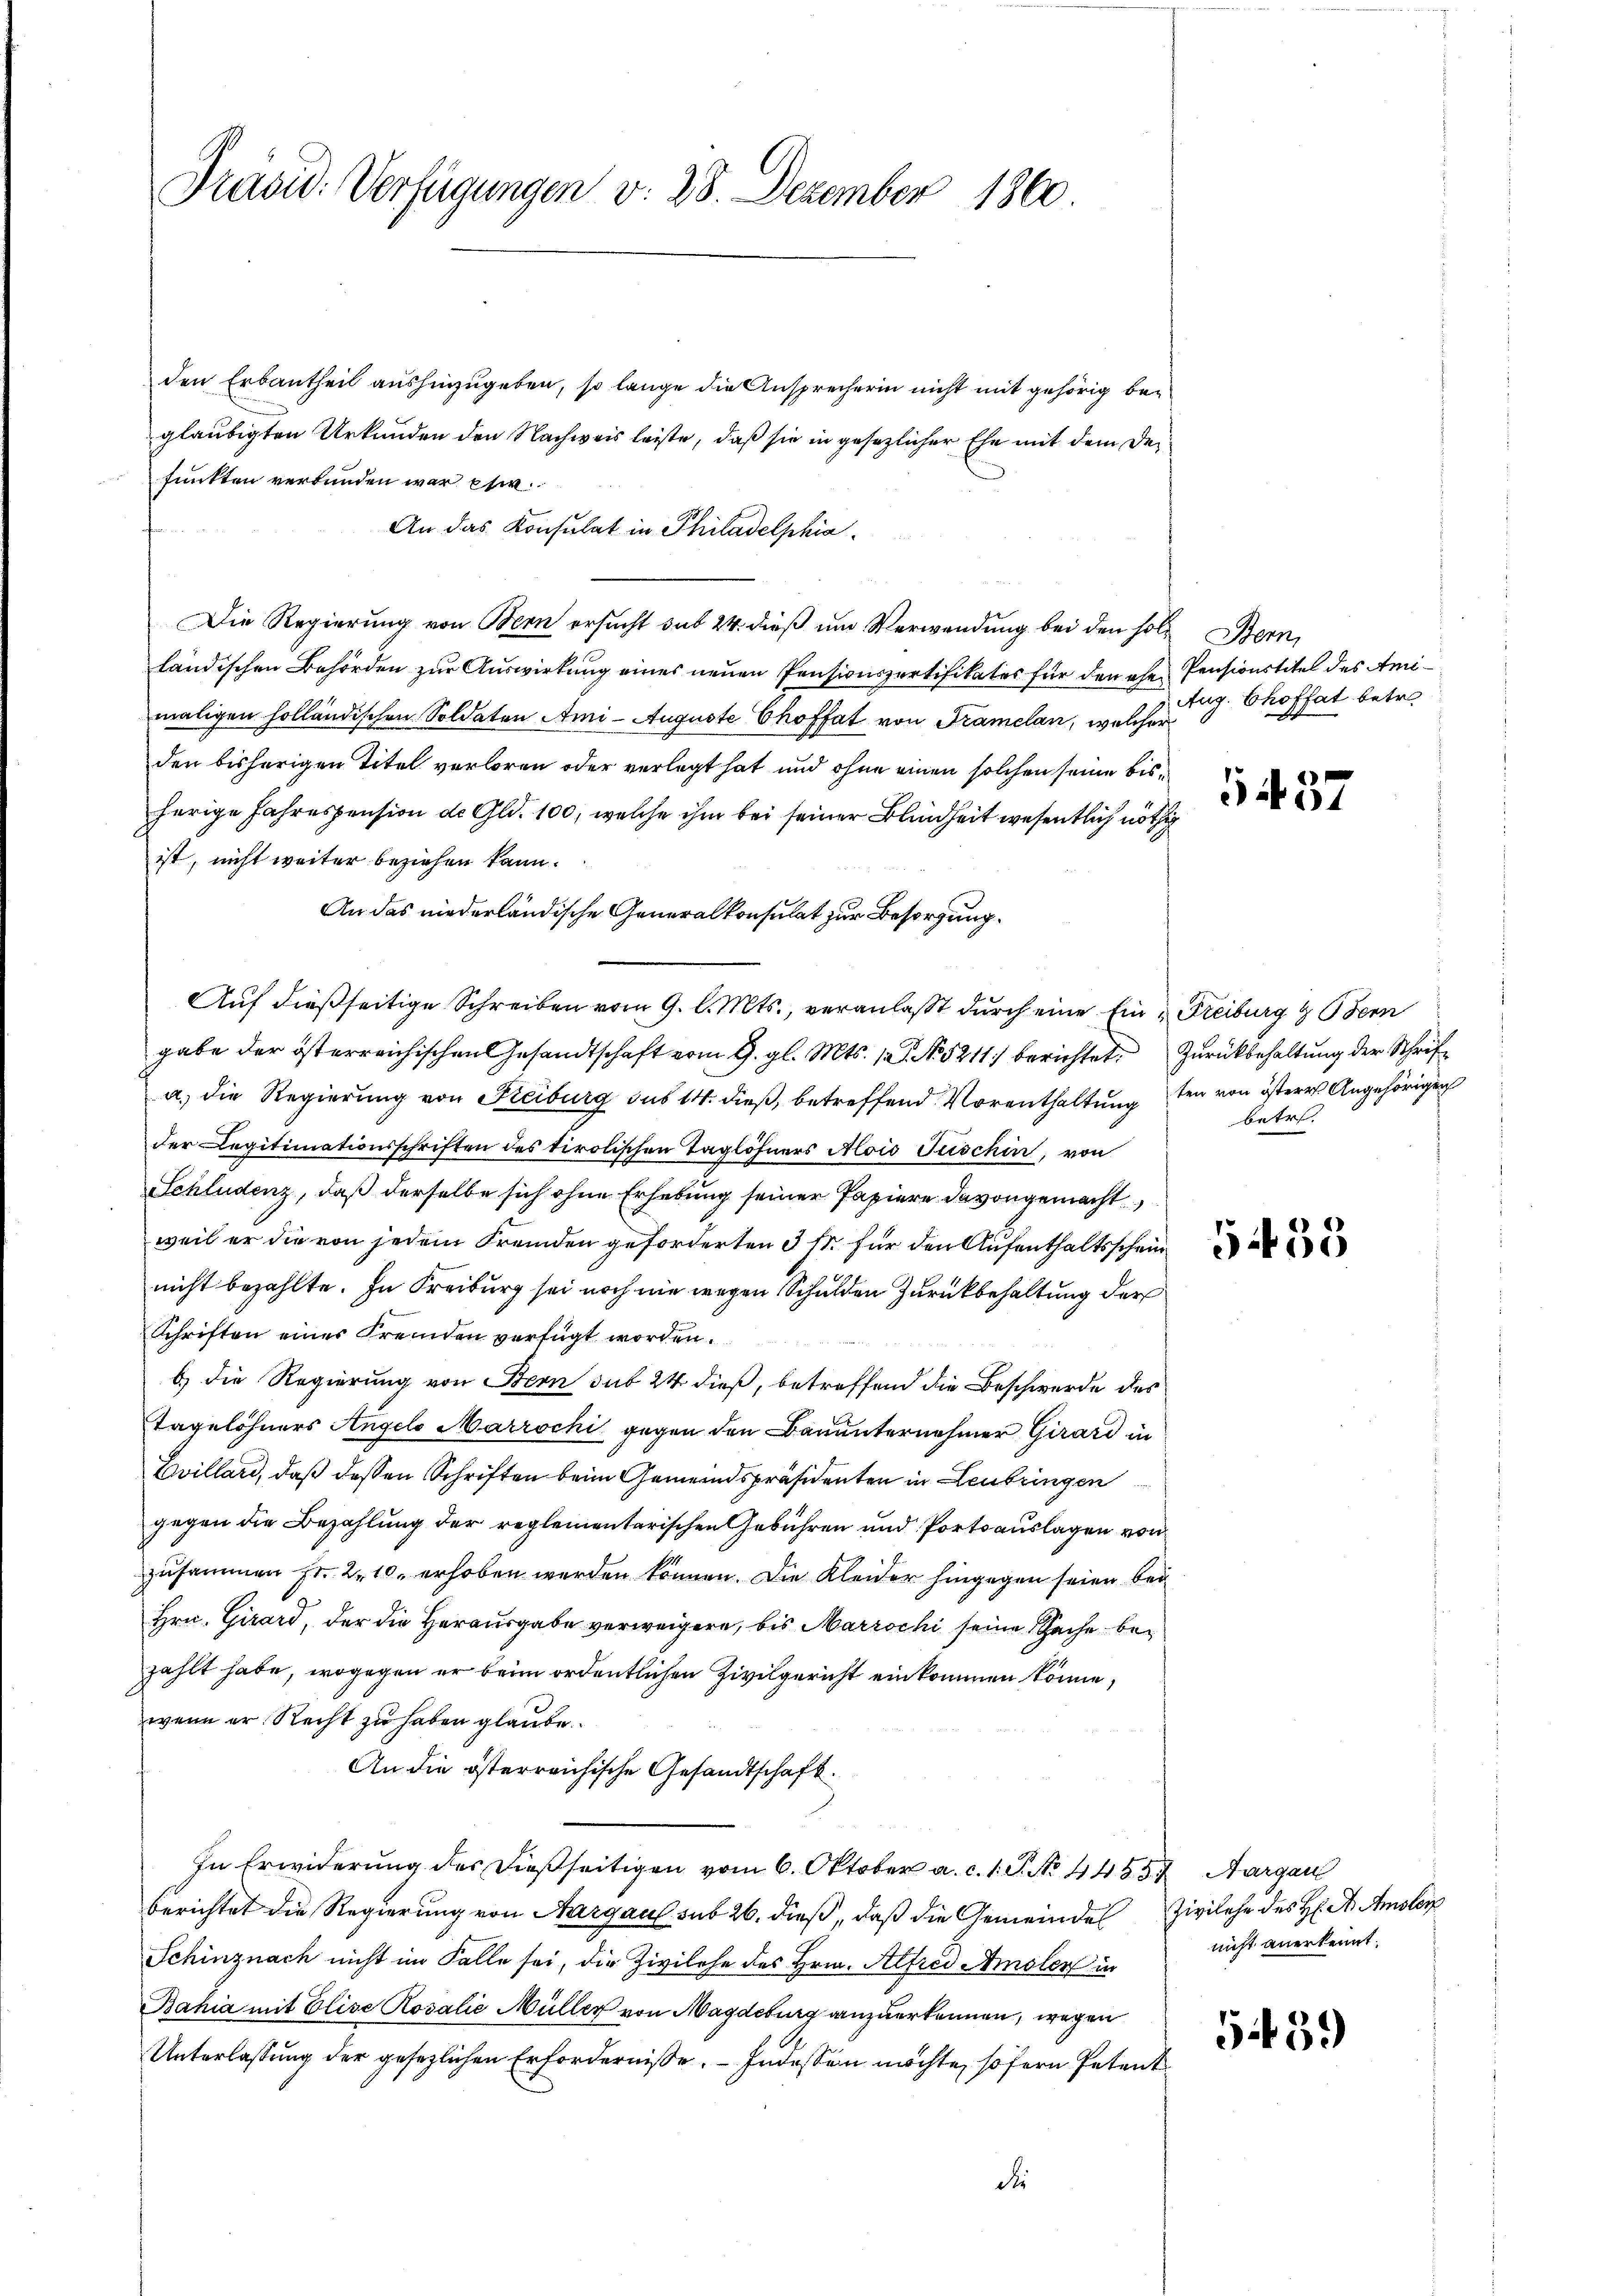
Präsid. Verfügungen v. 28. Dezember 1860

den Erbautheil aushinzugeben, so lange die Ansprecherin nicht mit gehörig begläubigten Urkunden den Nachweis leiste, daß sie in gesezlicher Ehe mit dem Deifunkten verbunden war etw
An das Konsulat in Philadelphia
Die Regierung von Bern ersucht sub 24. dieß um Verwendung bei den soll Bern,
ländischen Behörden zur Auswirkung eines neuen Pensionspertifikates für den ehe Pensionstitel des Amimaligen holländischen Soldaten Ami- Auguste Choffet von Framelan, welcher
den bisherigen Titel verloren oder verlegt hat und ohne einen solchen seine bisherige Jahrespension de Gld. 100, welche ihm bei seiner Blindheit wesentlich nöthig
ist, nicht weiter beziehen kann.
An das niederländische Generalkonsulat zur Besorgung.
Auf dießseitige Schreiben vom 9. l. Mts., veranlaßt durch eine Ein Freiburg & Bern
gabe der österreichischen Gesandtschaft vom 9. gl. Mts. 1. No. 5211) berichtet, Zurückbehaltung der Schrifa.) die Regierung von Freiburg sus 14. dieß, betreffend Vorenthaltung den von östere Angehörigen
der Legitimationsschriften des tirolischen Taglöhners Alois Tuschin, von
Schludenz, daß derselbe sich ohne Erhebung seiner Papiere davon gemacht
weil er die von jedem Fremden geforderten 3 M. für den Aufenthaltsschein
nicht bezahlte. In Freiburg sei noch nie wegen Schulden Zurückbehaltung der
Schriften einer Fremden verfügt worden.
b.) die Regierung von Bern sub 24 dieß, betreffend die Beschwerde des
Tagelöhners Angelo Marzochi gegen den Bauunternehmer Girard in
Evillard, daß dessen Schriften beim Gemeindspräsidenten in Leubringen
gegen die Bezahlung der reglementarischen Gebühren und Portoauslagen von
zusammen Fr. 210. erhoben werden können. Die Kleider hingegen seien bei
Hrn. Girard, der die Herausgabe verweigere, bis Marzochi seine Sache bezählt habe, wogegen er beim ordentlichen Zivilgericht einkommen könne,
wenn er Recht zu haben glaube.
An die österreichische Gesandtschaft.
In Erwiderung des dießseitigen vom 6. Oktober a. c. 1. P. No 4455. Aargau
berichtet die Regierung von Aargau sub 26. dieß, daß die Gemeindes Zivilehe des H. Dr. Amsler
Schinznach nicht im Falle sei, die Zivilehe des Hrn. Alfred Amsler in
Bahia mit Elise Rosalie Müller von Magdeburg anzuerkennen, wegen
Unterlassung der gesezlichen Erfordernisse. – Indessen möchte, sofern Petent
die

Aug. Choffat betre

5437

betr.

5455

nicht anerkennt.

G. 39